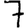
Digit: 7